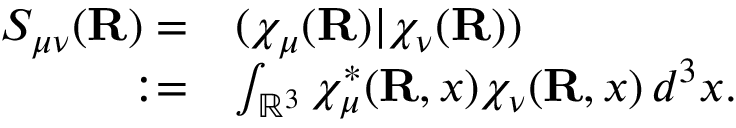
\begin{array} { r l } { S _ { \mu \nu } ( { \mathbf { R } } ) = } & { ( \chi _ { \mu } ( { \mathbf { R } } ) | \chi _ { \nu } ( { \mathbf { R } } ) ) } \\ { : = } & { \int _ { \mathbb { R } ^ { 3 } } \chi _ { \mu } ^ { * } ( { \mathbf { R } } , \boldsymbol { x } ) \chi _ { \nu } ( { \mathbf { R } } , \boldsymbol { x } ) \, d ^ { 3 } \boldsymbol { x } . } \end{array}